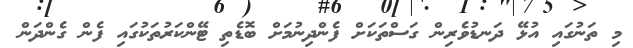
މި ތަނުގައި އުޅޭ ދަނޑުވެރިން ގަސްތަކަށް ފެންދިނުމަށް ބޮޑެތި ޓޭންކަރުތަކުގައި ފެން ގެންދަން